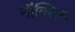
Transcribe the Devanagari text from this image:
नॉक्टिस